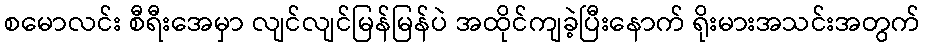
စမောလင်း စီရီးအေမှာ လျင်လျင်မြန်မြန်ပဲ အထိုင်ကျခဲ့ပြီးနောက် ရိုးမားအသင်းအတွက်